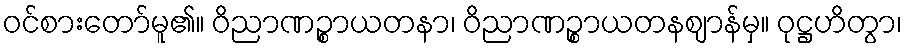
ဝင်စားတော်မူ၏။ ဝိညာဏဉ္စာယတနာ၊ ဝိညာဏဉ္စာယတနဈာန်မှ။ ဝုဋ္ဌဟိတွာ၊